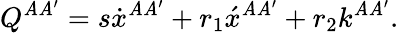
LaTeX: Q^{\mathit{A}\mathit{A}^{\prime}}=s\dot{{x}}{}^{\mathit{A}\mathit{A}^{\prime}}+r_{1}\acute{{x}}{}^{\mathit{A}\mathit{A}^{\prime}}+r_{2}k^{\mathit{A}\mathit{A}^{\prime}}.